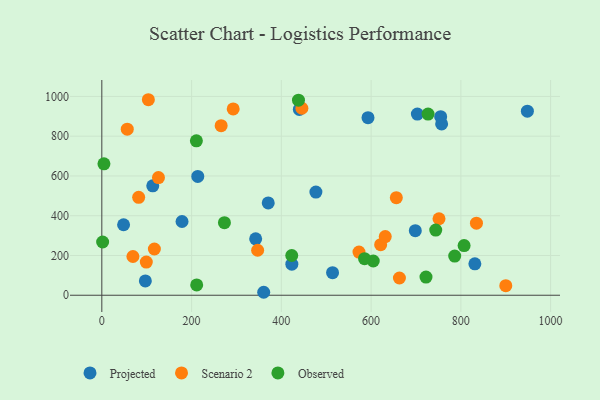
{"axis": {"x": "Speed", "y": "Fuel Efficiency"}, "legend": ["Observed", "Projected", "Scenario 2"], "data": [{"x": "477.0", "y": 519.1, "type": "Projected"}, {"x": "370.8", "y": 464.4, "type": "Projected"}, {"x": "757.1", "y": 862.0, "type": "Projected"}, {"x": "440.1", "y": 934.5, "type": "Projected"}, {"x": "342.8", "y": 283.7, "type": "Projected"}, {"x": "703.1", "y": 911.3, "type": "Projected"}, {"x": "423.4", "y": 156.4, "type": "Projected"}, {"x": "755.0", "y": 898.4, "type": "Projected"}, {"x": "97.0", "y": 72.1, "type": "Projected"}, {"x": "213.8", "y": 597.9, "type": "Projected"}, {"x": "113.5", "y": 550.2, "type": "Projected"}, {"x": "831.2", "y": 158.0, "type": "Projected"}, {"x": "948.2", "y": 925.9, "type": "Projected"}, {"x": "698.5", "y": 325.0, "type": "Projected"}, {"x": "593.1", "y": 893.1, "type": "Projected"}, {"x": "178.7", "y": 370.8, "type": "Projected"}, {"x": "48.5", "y": 354.6, "type": "Projected"}, {"x": "514.1", "y": 113.5, "type": "Projected"}, {"x": "360.7", "y": 14.9, "type": "Projected"}, {"x": "292.7", "y": 937.0, "type": "Scenario 2"}, {"x": "663.1", "y": 86.6, "type": "Scenario 2"}, {"x": "834.7", "y": 362.3, "type": "Scenario 2"}, {"x": "265.9", "y": 853.0, "type": "Scenario 2"}, {"x": "103.7", "y": 983.5, "type": "Scenario 2"}, {"x": "621.3", "y": 254.3, "type": "Scenario 2"}, {"x": "751.3", "y": 384.8, "type": "Scenario 2"}, {"x": "573.0", "y": 217.3, "type": "Scenario 2"}, {"x": "900.1", "y": 48.2, "type": "Scenario 2"}, {"x": "631.5", "y": 295.3, "type": "Scenario 2"}, {"x": "347.2", "y": 226.3, "type": "Scenario 2"}, {"x": "69.3", "y": 194.9, "type": "Scenario 2"}, {"x": "117.1", "y": 232.6, "type": "Scenario 2"}, {"x": "445.8", "y": 940.6, "type": "Scenario 2"}, {"x": "126.2", "y": 592.0, "type": "Scenario 2"}, {"x": "56.7", "y": 835.4, "type": "Scenario 2"}, {"x": "656.2", "y": 490.6, "type": "Scenario 2"}, {"x": "99.1", "y": 167.0, "type": "Scenario 2"}, {"x": "82.1", "y": 492.5, "type": "Scenario 2"}, {"x": "744.0", "y": 327.7, "type": "Observed"}, {"x": "726.9", "y": 911.1, "type": "Observed"}, {"x": "273.2", "y": 364.9, "type": "Observed"}, {"x": "438.2", "y": 981.2, "type": "Observed"}, {"x": "211.4", "y": 52.1, "type": "Observed"}, {"x": "4.7", "y": 661.1, "type": "Observed"}, {"x": "604.8", "y": 172.3, "type": "Observed"}, {"x": "807.2", "y": 249.8, "type": "Observed"}, {"x": "585.4", "y": 184.1, "type": "Observed"}, {"x": "210.7", "y": 776.7, "type": "Observed"}, {"x": "786.3", "y": 197.2, "type": "Observed"}, {"x": "423.2", "y": 200.0, "type": "Observed"}, {"x": "1.8", "y": 267.7, "type": "Observed"}, {"x": "722.3", "y": 91.6, "type": "Observed"}]}